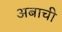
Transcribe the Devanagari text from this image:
अबाची